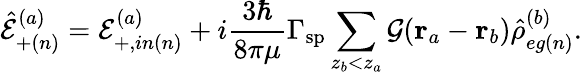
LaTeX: \hat{\mathcal{E}}_{+(n)}^{(a)}=\mathcal{E}_{+,in(n)}^{(a)}+i\frac{3\hbar}{8\pi\mu}\Gamma_{\mathrm{sp}}\sum_{z_{b}<z_{a}}\mathcal{G}(\mathbf{r}_{a}-\mathbf{r}_{b})\hat{\rho}_{eg(n)}^{(b)}.